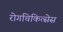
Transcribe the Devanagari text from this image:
रोगचिकित्सेस